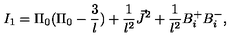
I _ { 1 } = \Pi _ { 0 } ( \Pi _ { 0 } - \frac { 3 } { l } ) + \frac { 1 } { l ^ { 2 } } \vec { J } ^ { 2 } + \frac { 1 } { l ^ { 2 } } B _ { i } ^ { + } B _ { i } ^ { - } ,